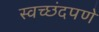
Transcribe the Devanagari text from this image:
स्वच्छंदपणे